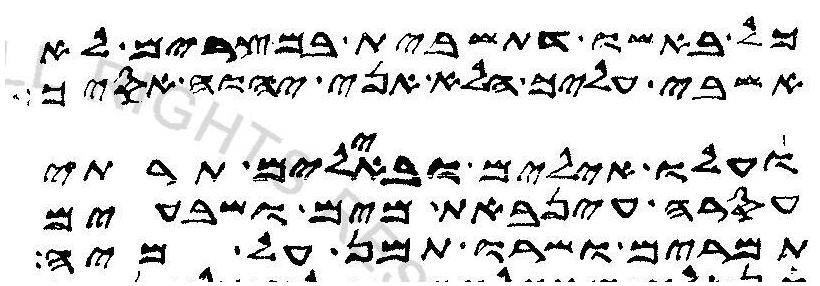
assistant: כל באשו דתשבית במצרים לא
אשבי עליך הלא אני יהוה אסיך
ועלו אילים ובאילים תרתי
עסר עינבאת מים ושבעים
תמרים ושרו תמן על מיה